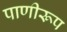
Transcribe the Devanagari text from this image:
पाणीरूप